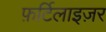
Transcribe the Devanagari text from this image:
फ़र्टिलाइज़र